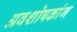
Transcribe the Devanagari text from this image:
अवशोषकांग